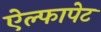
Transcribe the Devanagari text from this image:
ऐल्फापेट